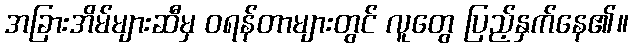
အခြားအိမ်များဆီမှ ဝရန်တာများတွင် လူတွေ ပြည့်နှက်နေ၏။